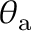
\theta _ { \mathrm { a } }